Civil Veterinary Department ledger series I-VI
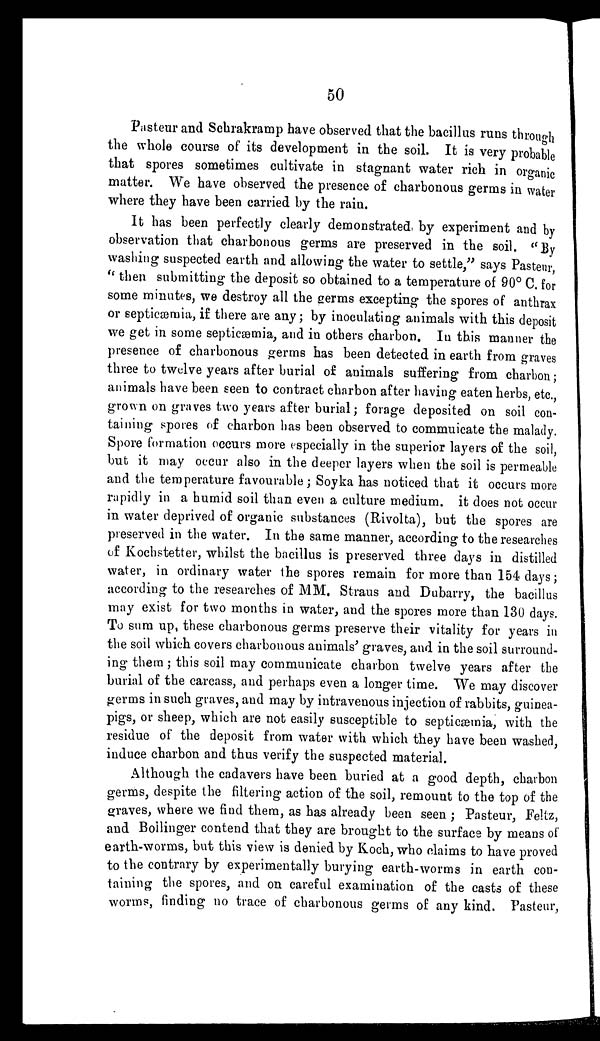
50
Pasteur and Schrakramp have observed that the bacillus runs through
the whole course of its development in the soil. It is very probable
that spores sometimes cultivate in stagnant water rich in organic
matter. We have observed the presence of charbonous germs in water
where they have been carried by the rain.
It has been perfectly clearly demonstrated, by experiment and by
observation that charbonous germs are preserved in the soil. "By
washing suspected earth and allowing the water to settle," says Pasteur,
"then submitting the deposit so obtained to a temperature of 90º C. for
some minutes, we destroy all the germs excepting the spores of anthrax
or septicæmia, if there are any; by inoculating animals with this deposit
we get in some septicæmia, and in others charbon. In this manner the
presence of charbonous germs has been detected in earth from graves
three to twelve years after burial of animals suffering from charbon;
animals have been seen to contract charbon after having eaten herbs, etc.,
grown on graves two years after burial; forage deposited on soil con-
taining spores of charbon has been observed to commuicate the malady.
Spore formation occurs more especially in the superior layers of the soil,
but it may occur also in the deeper layers when the soil is permeable
and the temperature favourable; Soyka has noticed that it occurs more
rapidly in a humid soil than even a culture medium. it does not occur
in water deprived of organic substances (Rivolta), but the spores are
preserved in the water. In the same manner, according to the researches
of Kochstetter, whilst the bacillus is preserved three days in distilled
water, in ordinary water the spores remain for more than 154 days;
according to the researches of MM. Straus and Dubarry, the bacillus
may exist for two months in water, and the spores more than 130 days.
To sum up, these charbonous germs preserve their vitality for years in
the soil which covers charbonous animals' graves, and in the soil surround-
ing them; this soil may communicate charbon twelve years after the
burial of the carcass, and perhaps even a longer time. We may discover
germs in such graves, and may by intravenous injection of rabbits, guinea-
pigs, or sheep, which are not easily susceptible to septicæmia, with the
residue of the deposit from water with which they have been washed,
induce charbon and thus verify the suspected material.
Although the cadavers have been buried at a good depth, charbon
germs, despite the filtering action of the soil, remount to the top of the
graves, where we find them, as has already been seen; Pasteur, Feltz,
and Boilinger contend that they are brought to the surface by means of
earth-worms, but this view is denied by Koch, who claims to have proved
to the contrary by experimentally burying earth-worms in earth con-
taining the spores, and on careful examination of the casts of these
worms, finding no trace of charbonous germs of any kind. Pasteur,